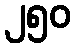
၂၅၀